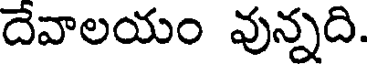
దేవాలయం వున్నది.